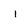
Character: i